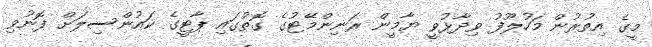
މީގެ އިތުރުން މަހުލޫފު ވިދާޅުވީ ޔާމީން ރަނިންމޭޓުގެ ގޮތުގައި ޕާޓީގެ ކައުންސިލަށް ފޮނުވި